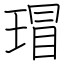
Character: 瑁